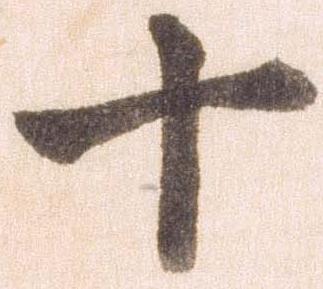
十